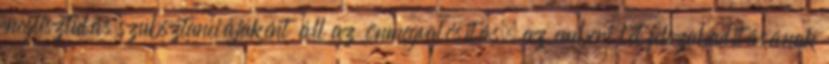
megtisztulás szubsztanciájaként áll az önmegvalósítás, az emberi lét felszabadításának